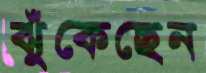
ঝুঁকেছেন